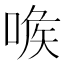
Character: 㗋